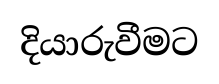
දියාරුවීමට